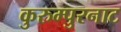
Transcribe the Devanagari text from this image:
कुरुम्पुरनाट